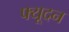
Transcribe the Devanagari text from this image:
फ्यूदन